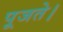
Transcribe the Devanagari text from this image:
पूजते।